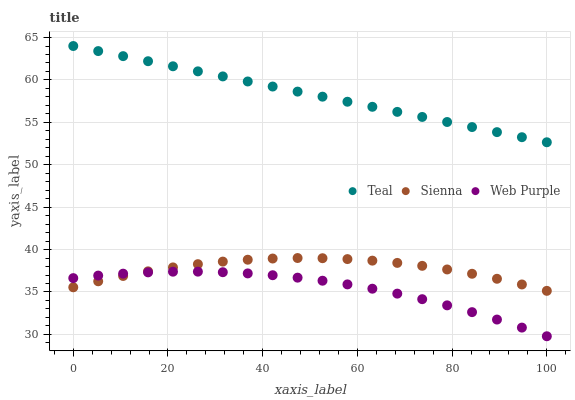
| xaxis_label | Teal | Sienna | Web Purple |
 | --- | --- | --- | --- |
 | 0 | 64 | 35.6 | 36.6 |
 | 5.26 | 63.4 | 36.3 | 36.9 |
 | 10.5 | 62.8 | 36.9 | 37.2 |
 | 15.8 | 62.2 | 37.4 | 37.3 |
 | 21.1 | 61.6 | 37.9 | 37.4 |
 | 26.3 | 61 | 38.3 | 37.4 |
 | 31.6 | 60.4 | 38.6 | 37.3 |
 | 36.8 | 59.8 | 38.8 | 37.2 |
 | 42.1 | 59.2 | 38.9 | 37 |
 | 47.4 | 58.6 | 39 | 36.7 |
 | 52.6 | 58 | 39 | 36.3 |
 | 57.9 | 57.4 | 38.9 | 35.9 |
 | 63.2 | 56.8 | 38.7 | 35.4 |
 | 68.4 | 56.2 | 38.4 | 34.8 |
 | 73.7 | 55.6 | 38.1 | 34.2 |
 | 78.9 | 55 | 37.7 | 33.4 |
 | 84.2 | 54.4 | 37.1 | 32.6 |
 | 89.5 | 53.8 | 36.6 | 31.8 |
 | 94.7 | 53.2 | 35.9 | 30.8 |
 | 100 | 52.7 | 35.1 | 29.8 |